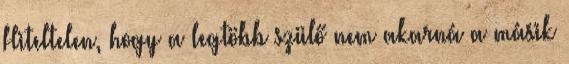
Hiteltelen, hogy a legtöbb szülő nem akarná a másik